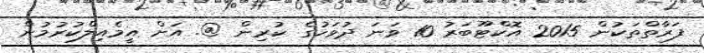
ފަރާތްތަކުން 2015 އޮކްޓޫބަރު 10 ވަނަ ދުވަހުގެ ކުރިން @. އަށް އީމެއިލްކުރުމުން